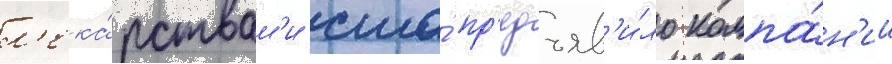
л'ека́рствам'и сша́ пр'едъяв'и́ло компа́н'ии